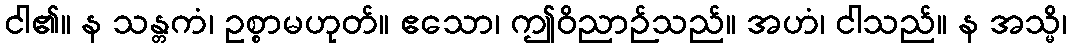
ငါ၏။ န သန္တကံ၊ ဥစ္စာမဟုတ်။ ဧသော၊ ဤဝိညာဉ်သည်။ အဟံ၊ ငါသည်။ န အသ္မိ၊